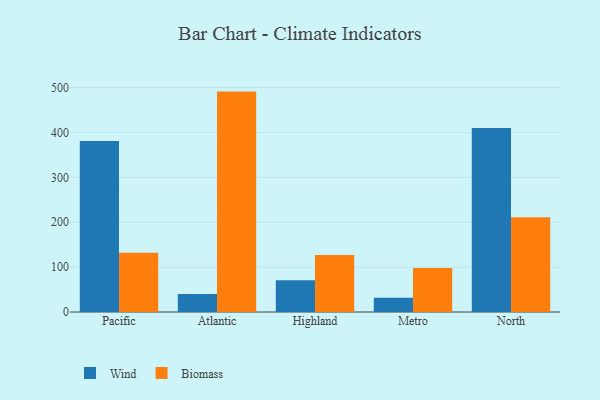
{"axis": {"x": "Region", "y": "Bounce Rate (%)"}, "legend": ["Biomass", "Wind"], "data": [{"x": "Pacific", "y": 380.9, "type": "Wind"}, {"x": "Pacific", "y": 131.9, "type": "Biomass"}, {"x": "Atlantic", "y": 40.1, "type": "Wind"}, {"x": "Atlantic", "y": 491.0, "type": "Biomass"}, {"x": "Highland", "y": 70.9, "type": "Wind"}, {"x": "Highland", "y": 126.8, "type": "Biomass"}, {"x": "Metro", "y": 31.7, "type": "Wind"}, {"x": "Metro", "y": 98.1, "type": "Biomass"}, {"x": "North", "y": 409.7, "type": "Wind"}, {"x": "North", "y": 211.1, "type": "Biomass"}]}